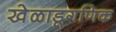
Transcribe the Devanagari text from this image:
खेळाडूगणिक